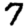
Digit: 7